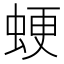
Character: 𧋑